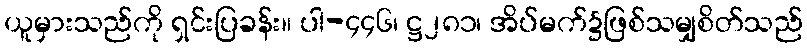
ယူမှားသည်ကို ရှင်းပြခန်း။ ပါ-၄၄၆၊ ဋ္ဌ၂၈၁၊ အိပ်မက်၌ဖြစ်သမျှစိတ်သည်